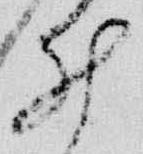
井